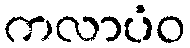
ကလာပံဝ